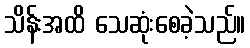
သိန်းအထိ သေဆုံးစေခဲ့သည်။